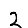
Digit: 2